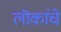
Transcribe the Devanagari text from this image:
लॊकांचे